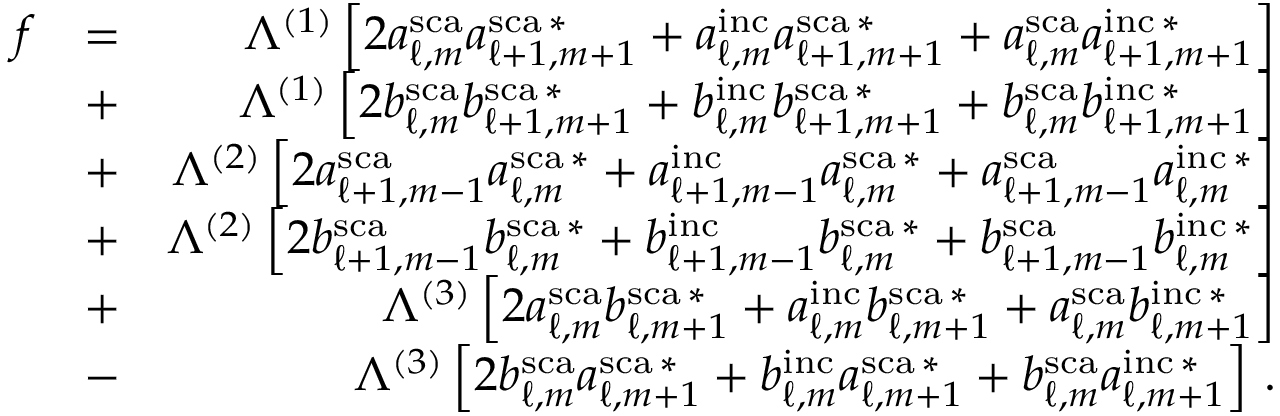
\begin{array} { r l r } { f } & { = } & { \Lambda ^ { ( 1 ) } \left[ 2 a _ { \ell , m } ^ { \mathrm { s c a } } a _ { \ell + 1 , m + 1 } ^ { \mathrm { s c a } \, * } + a _ { \ell , m } ^ { \mathrm { i n c } } a _ { \ell + 1 , m + 1 } ^ { \mathrm { s c a } \, * } + a _ { \ell , m } ^ { \mathrm { s c a } } a _ { \ell + 1 , m + 1 } ^ { \mathrm { i n c } \, * } \right] } \\ & { + } & { \Lambda ^ { ( 1 ) } \left[ 2 b _ { \ell , m } ^ { \mathrm { s c a } } b _ { \ell + 1 , m + 1 } ^ { \mathrm { s c a } \, * } + b _ { \ell , m } ^ { \mathrm { i n c } } b _ { \ell + 1 , m + 1 } ^ { \mathrm { s c a } \, * } + b _ { \ell , m } ^ { \mathrm { s c a } } b _ { \ell + 1 , m + 1 } ^ { \mathrm { i n c } \, * } \right] } \\ & { + } & { \Lambda ^ { ( 2 ) } \left[ 2 a _ { \ell + 1 , m - 1 } ^ { \mathrm { s c a } } a _ { \ell , m } ^ { \mathrm { s c a } \, * } + a _ { \ell + 1 , m - 1 } ^ { \mathrm { i n c } } a _ { \ell , m } ^ { \mathrm { s c a } \, * } + a _ { \ell + 1 , m - 1 } ^ { \mathrm { s c a } } a _ { \ell , m } ^ { \mathrm { i n c } \, * } \right] } \\ & { + } & { \Lambda ^ { ( 2 ) } \left[ 2 b _ { \ell + 1 , m - 1 } ^ { \mathrm { s c a } } b _ { \ell , m } ^ { \mathrm { s c a } \, * } + b _ { \ell + 1 , m - 1 } ^ { \mathrm { i n c } } b _ { \ell , m } ^ { \mathrm { s c a } \, * } + b _ { \ell + 1 , m - 1 } ^ { \mathrm { s c a } } b _ { \ell , m } ^ { \mathrm { i n c } \, * } \right] } \\ & { + } & { \Lambda ^ { ( 3 ) } \left[ 2 a _ { \ell , m } ^ { \mathrm { s c a } } b _ { \ell , m + 1 } ^ { \mathrm { s c a } \, * } + a _ { \ell , m } ^ { \mathrm { i n c } } b _ { \ell , m + 1 } ^ { \mathrm { s c a } \, * } + a _ { \ell , m } ^ { \mathrm { s c a } } b _ { \ell , m + 1 } ^ { \mathrm { i n c } \, * } \right] } \\ & { - } & { \Lambda ^ { ( 3 ) } \left[ 2 b _ { \ell , m } ^ { \mathrm { s c a } } a _ { \ell , m + 1 } ^ { \mathrm { s c a } \, * } + b _ { \ell , m } ^ { \mathrm { i n c } } a _ { \ell , m + 1 } ^ { \mathrm { s c a } \, * } + b _ { \ell , m } ^ { \mathrm { s c a } } a _ { \ell , m + 1 } ^ { \mathrm { i n c } \, * } \right] \, . } \end{array}